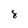
Character: 8